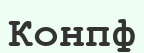
Конпф